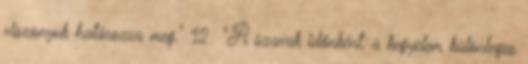
viszonyuk határozza meg." 12 "A szavak időnként, a kegyelem különleges